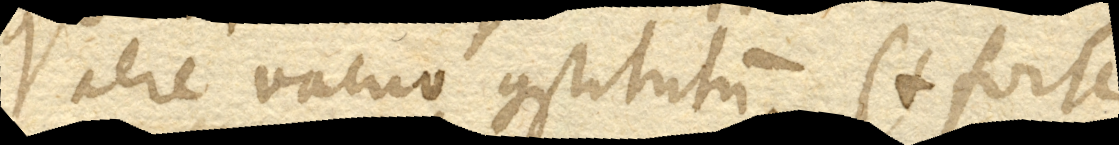
aere vacuo constitutum (+ forte